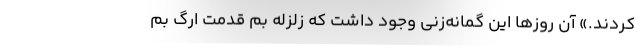
کردند.» آن روز‌ها این گمانه‌زنی وجود داشت که زلزله بم قدمت ارگ بم